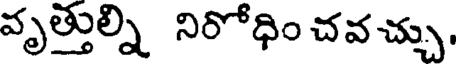
వృత్తుల్ని నిరోధిం చవ చ్చు,